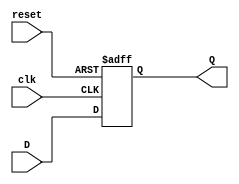
module FFD(input wire clk, reset, D, output reg Q);
    always @(posedge clk or posedge reset) begin
        if(reset==1'b1)
            Q <= 1'b0; //si el reset esta en uno entonces la salida se resetea
        else
            Q <= D; //de lo contrario la salida toma el valor de la entrada
    end
endmodule
module AcrilicosBajos(input wire clk, reset, PH, SR, [2:0]T, [1:0]PLS, output wire [2:0]PAC, [2:0]LED, CO);

    wire EF2, EF1, EF0; //Entrada a FFD
    wire E2, E1, E0; //Salida de FFD

    //Logica del estado futuro
    assign EF2 = (~E2 & E1 & ~E0 & PH & SR & T[2] & ~T[1] & ~T[0] & ~PLS[1] & PLS[0]);
    assign EF1 = (~E2 & ~E1 & E0 & PH & SR & T[2] & ~T[1] & ~T[0] & ~PLS[1] & PLS[0]) |
    (~E2 & E1 & ~E0 & PH & SR & T[2] & ~T[1] & ~T[0] & ~PLS[1] & PLS[0]);
    assign EF0 = (~E2 & ~E0 & PH & SR & T[2] & ~T[1] & ~T[0] & ~PLS[1] & PLS[0]);

    //Logica salida
    assign PAC[2] = 0;
    assign PAC[1] = (E2 & E1 & E0);
    assign PAC[0] = 0;
    assign LED[2] = 0;
    assign LED[1] = (E2 & E1 & E0) | (~E2 & E1 & ~E0);
    assign LED[0] = (E2 & E1 & E0) | (~E2 & ~E1 & E0) | (~E2 & E1 & ~E0);
    assign CO = (E2 & E1 & E0);

    //tres FFD
    FFD Acbajos2(clk, reset, EF2, E2);
    FFD Acbajos1(clk, reset, EF1, E1);
    FFD Acbajos0(clk, reset, EF0, E0);

endmodule